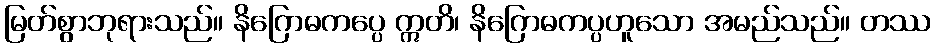
မြတ်စွာဘုရားသည်။ နိဂြောဓကပ္ပေ ဣတိ၊ နိဂြောဓကပ္ပဟူသော အမည်သည်။ တဿ